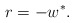
\begin{align*}r = -w^*. \end{align*}